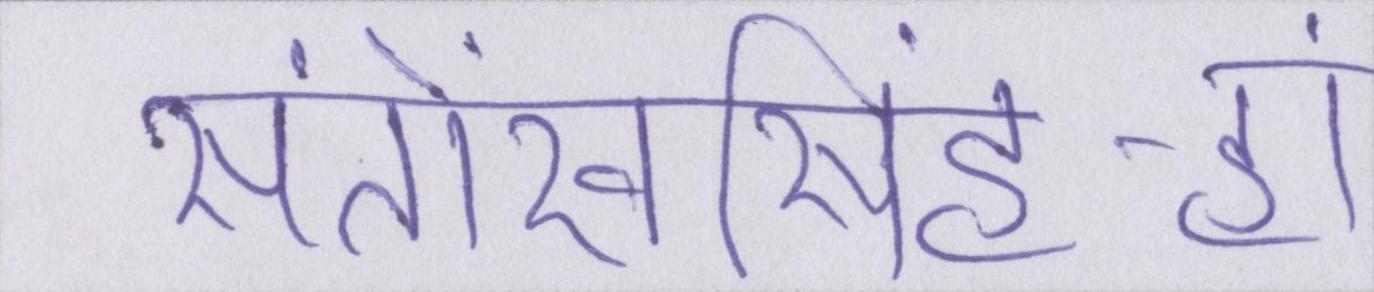
संतोखसिंह-हां